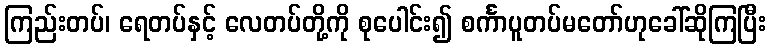
ကြည်းတပ်၊ ရေတပ်နှင့် လေတပ်တို့ကို စုပေါင်း၍ စင်္ကာပူတပ်မတော်ဟုခေါ်ဆိုကြပြီး